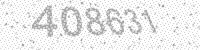
Solution: 408631